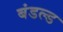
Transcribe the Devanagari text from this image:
बंडल्ड